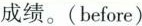
成绩。(before)